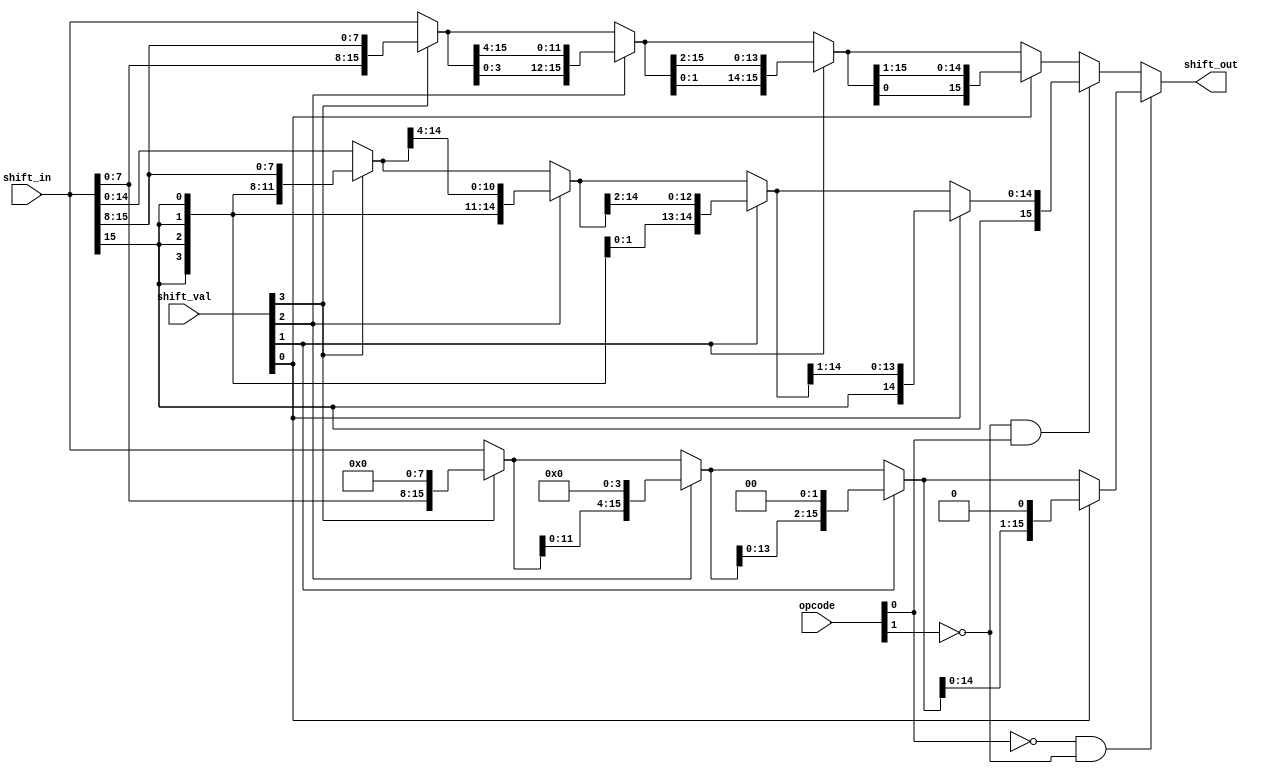
module shifter(opcode, shift_in, shift_out, shift_val);

///////////////////////
/////tested
///////////////////////

input [3:0] opcode, shift_val;
input [15:0] shift_in;
output [15:0] shift_out;

wire [15:0] res1, res2, res3;
wire [15:0] temp1, temp2, temp3, temp4, temp5, temp6, temp7, temp8, temp9;

//SLL
assign temp1 = shift_val[3]? shift_in << 8 : shift_in;
assign temp2 = shift_val[2]? temp1 << 4 : temp1;
assign temp3 = shift_val[1]? temp2 << 2 : temp2;
assign res1 =  shift_val[0]? temp3 << 1 : temp3;

//SRA
assign temp4 = shift_val[3]? {{8{shift_in[15]}}, shift_in[15:8]} : shift_in;
assign temp5 = shift_val[2]? {{4{shift_in[15]}}, temp4[15:4]} : temp4;
assign temp6 = shift_val[1]? {{2{shift_in[15]}}, temp5[15:2]} : temp5;
assign res2 =  shift_val[0]? {shift_in[15], temp6[15:1]} : temp6;

//ROR
assign temp7 = shift_val[3]? {shift_in[7:0], shift_in[15:8]} : shift_in;
assign temp8 = shift_val[2]? {temp7[3:0], temp7[15:4]} : temp7;
assign temp9 = shift_val[1]? {temp8[1:0], temp8[15:2]} : temp8;
assign res3 =  shift_val[0]? {temp9[0], temp9[15:1]} : temp9;

assign shift_out =  (!opcode[0] & !opcode[1]) ? res1 :
                    (!opcode[1] & opcode[0])  ? res2 : res3;


endmodule